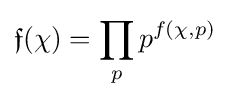
{\mathfrak {f}}(\chi )=\prod _{p}p^{f(\chi ,p)}